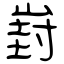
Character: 崶